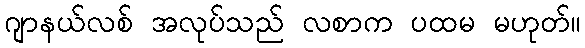
ဂျာနယ်လစ် အလုပ်သည် လစာက ပထမ မဟုတ်။